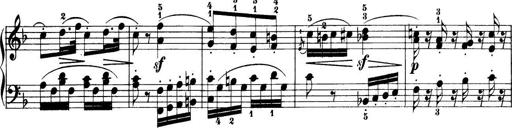
Title: 32 Sonatinas and Rondos for the Piano
Composer: Richard Kleinmichel